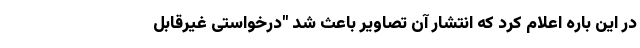
در این باره اعلام کرد که انتشار آن تصاویر باعث شد "درخواستی غیرقابل